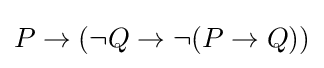
P\to (\lnot Q\to \lnot (P\to Q))